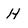
Character: H